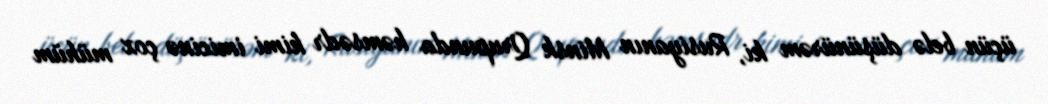
üçün belə düşünürəm ki, Rusiyanın Minsk Qrupunda həmsədr kimi imicinə çox mühüm